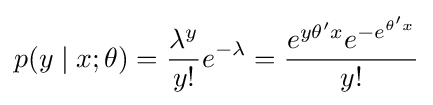
p(y\mid x;\theta )={\frac {\lambda ^{y}}{y!}}e^{-\lambda }={\frac {e^{y\theta 'x}e^{-e^{\theta 'x}}}{y!}}